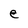
Character: e